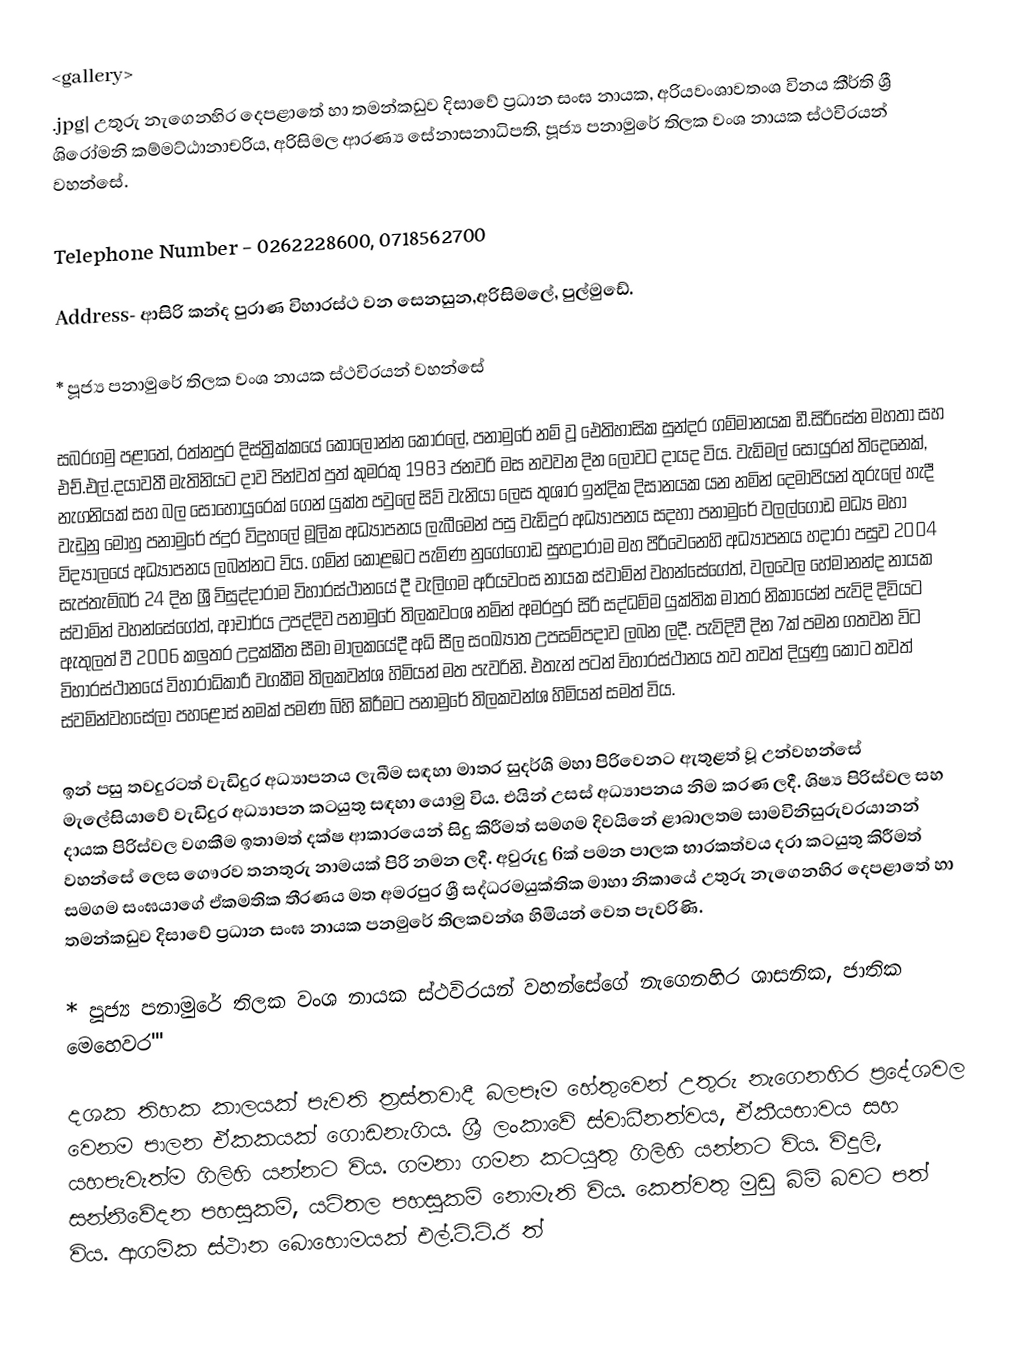
<gallery>
.jpg| උතුරු නැගෙනහිර දෙපළාතේ හා තමන්කඩුව දිසාවේ ප්‍රධාන සංඝ නායක, අරියවංශාවතංශ විනය කීර්ති ශ්‍රී ශිරෝමනි කම්මට්ඨානාචරිය, අරිසිමල ආරණ්‍ය සේනාසනාධිපති, පූජ්‍ය පනාමුරේ තිලක වංශ නායක ස්ථවිරයන් වහන්සේ.

Telephone Number - 0262228600, 0718562700

Address- ආසිරි කන්ද පුරාණ විහාරස්ථ වන සෙනසුන,අරිසිමලේ, පුල්මුඩේ.

* පූජ්‍ය පනාමුරේ තිලක වංශ නායක ස්ථවිරයන් වහන්සේ

සබරගමු පළාතේ, රත්නපුර දිස්ත්‍රික්කයේ කොලොන්න කෝරලේ, පනාමුරේ නම් වූ ඓතිහාසික සුන්දර ගම්මානයක ඩී.සිරිසේන මහතා සහ එච්.එල්.දයාවතී මැතිනියට දාව පින්වත් පුත් කුමරකු 1983 ජනවරි මස නවවන දින ලොවට දායද විය. වැඩිමල් සොයුරන් තිදෙනෙක්, නැගනියක් සහ බල සොහොයුරෙක් ගෙන් යුක්ත පවුලේ සිව් වැනියා ලෙස තුශාර ඉන්දික දිසානයක යන නමින් දෙමාපියන් තුරුලේ හැදී වැඩුනු මොහු පනාමුරේ ජදුර විදුහලේ මූලික අධ්‍යාපනය ලැබීමෙන් පසු වැඩිදුර අධ්‍යාපනය සදහා පනාමුරේ වලල්ගොඩ මධ්‍ය මහා විද්‍යාලයේ අධ්‍යාපනය ලබන්නට විය. ගමින් කොළඹට පැමිණ නුගේගොඩ සුභද්‍රාරාම මහ පිරිවෙනෙහි අධ්‍යාපනය හදාරා පසුව 2004 සැප්තැම්බර් 24 දින ශ්‍රී විසුද්දාරාම විහාරස්ථානයේ දී වැලිගම අරියවංස නායක ස්වාමින් වහන්සේගේත්,  වලවෙල හේමානන්ද නායක ස්වාමින් වහන්සේගේත්, ආචාර්ය උපද්දිව පනාමුරේ තිලකවංශ නමින් අමරපුර සිරි සද්ධම්ම යුක්තික මාතර නිකායේන් පැවිදි දිවියට ඇතුලත් වී 2006 කලුතර උදුක්කීත සීමා මාලකයේදී අධි සීල සංඛ්‍යාත උපසම්පදාව ලබන ලදී. පැවිදිවී දින 7ක් පමන ගතවන විට විහාරස්ථානයේ විහාරාධිකාරී වගකීම තිලකවන්ශ හිමියන් මත පැවරිනි. එතැන් පටන් විහාරස්ථානය තව තවත් දියුණු කොට තවත් ස්වමින්වහසේලා පහළොස් නමක් පමණ බිහි කිරීමට පනාමුරේ තිලකවන්ශ හිමියන් සමත් විය.

ඉන් පසු තවදුරටත් වැඩිදුර අධ්‍යාපනය ලැබීම සඳහා මාතර සුදර්ශි මහා පිරිවෙනට ඇතුළත් වූ උන්වහන්සේ  මැලේසියාවේ වැඩිදුර අධ්‍යාපන කටයුතු සඳහා යොමු විය. එයින් උසස් අධ්‍යාපනය නිම කරණ ලදී. ශිෂ්‍ය පිරිස්වල සහ දායක පිරිස්වල වගකීම ඉතාමත් දක්ෂ ආකාරයෙන් සිදු කිරීමත් සමගම දිවයිනේ ළාබාලතම සාමවිනිසුරුවරයානන් වහන්සේ ලෙස ගෞරව තනතුරු නාමයක් පිරි නමන ලදී. අවුරුදු 6ක් පමන පාලක භාරකත්වය දරා කටයුතු කිරීමත් සමගම සංඝයාගේ ඒකමතික තීරණය මත අමරපුර ශ්‍රී සද්ධරමයුක්තික මාහා නිකායේ උතුරු නැගෙනහිර දෙපළාතේ හා තමන්කඩුව දිසාවේ ප්‍රධාන සංඝ නායක පනමුරේ තිලකවන්ශ හිමියන් වෙත පැවරිණි.

* පූජ්‍ය පනාමුරේ තිලක වංශ නායක ස්ථවිරයන් වහන්සේගේ නැගෙනහිර ශාසනික, ජාතික මෙහෙවර'''

දශක තිහක කාලයක් පැවති ත්‍රස්තවාදී බලපෑම හේතුවෙන් උතුරු නැගෙනහිර ප්‍රදේශවල වෙනම පාලන ඒකකයක් ගොඩනැගිය. ශ්‍රී ලංකාවේ ස්වාධීනත්වය, ඒකීයභාවය සහ යහපැවැත්ම ගිලිහි යන්නට විය. ගමනා ගමන කටයුතු ගිලිහි යන්නට විය. විදුලි, සන්නිවේදන පහසුකම්, යටිතල පහසුකම් නොමැති විය. කෙත්වතු මුඩු බිම් බවට පත් විය. ආගමික ස්ථාන බොහොමයක් එල්.ටි.ටි.ඊ ත්